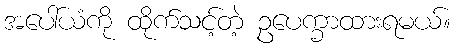
အပေါ်ယံကို ထိုက်သင့်တဲ့ ဥပေက္ခာထားရမယ်။